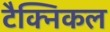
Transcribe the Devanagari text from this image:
टैक्निकल